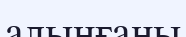
алынғаны